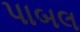
પાબલ